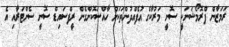
ރަމަޒާން ޕްރޮމޯޝަނަކީ ސޮނީ މަރުކާގެ އުފެއްދުންތަކަށް ހާއްސަކޮށްގެން ރީފްސައިޑް ސޮނީ ސެންޓަރާއި އެ